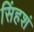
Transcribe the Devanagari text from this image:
सिंहशं